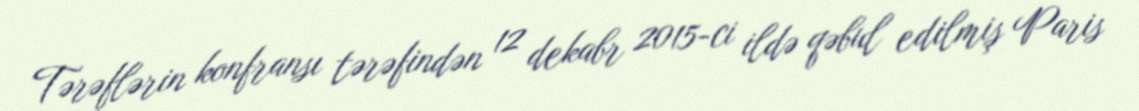
Tərəflərin konfransı tərəfindən 12 dekabr 2015-ci ildə qəbul edilmiş Paris